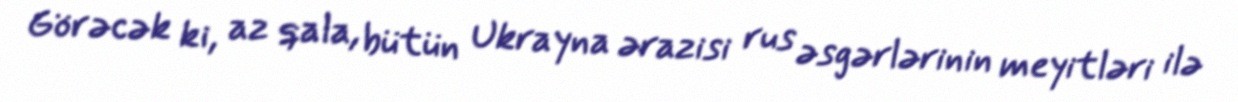
Görəcək ki, az qala, bütün Ukrayna ərazisi rus əsgərlərinin meyitləri ilə